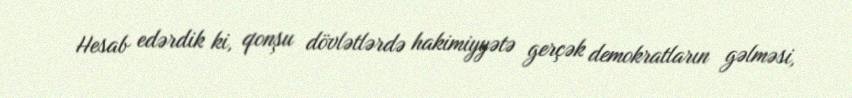
Hesab edərdik ki, qonşu dövlətlərdə hakimiyyətə gerçək demokratların gəlməsi,